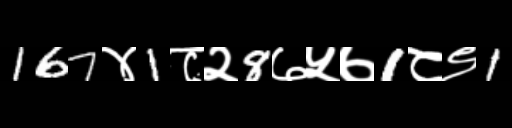
Text: 167४1८२8७५७1८९1